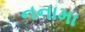
નનામા